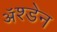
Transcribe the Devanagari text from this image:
ॲश्डेन